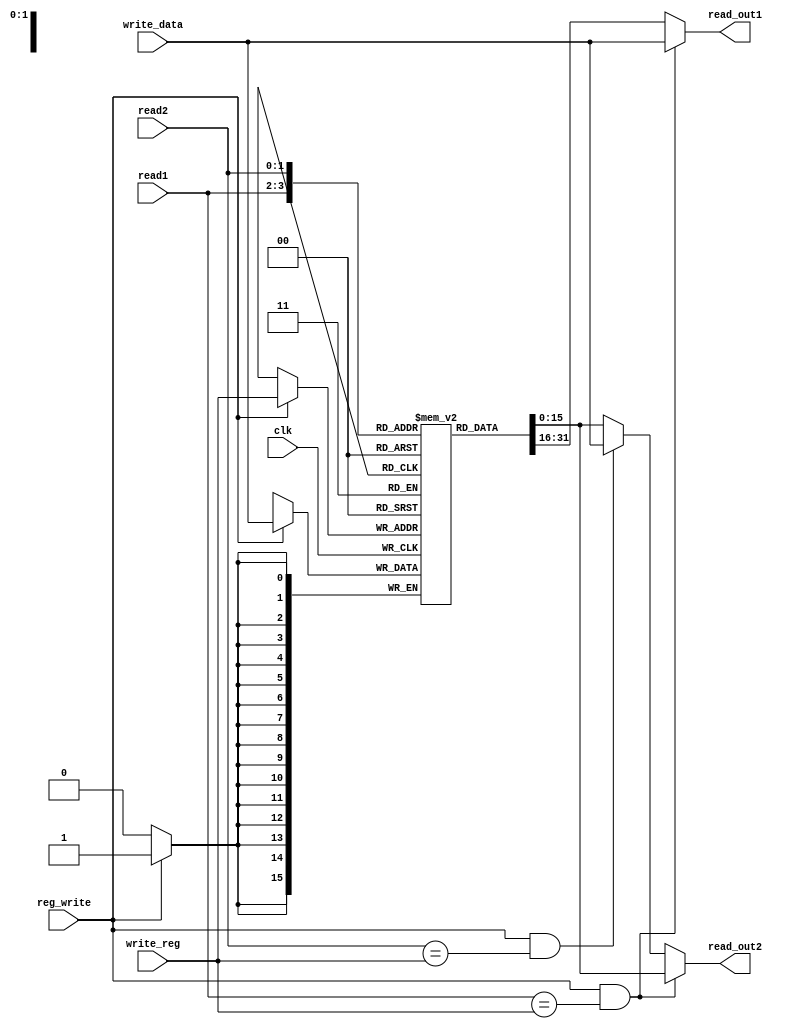
module register_file(read1, read2, write_reg, write_data, reg_write, read_out1, read_out2, clk); 
    output reg [15:0] read_out1;
    output reg [15:0] read_out2;
    input [1:0] read1;
    input [1:0] read2;
    input [1:0] write_reg;
    input [15:0] write_data;
    input clk;
    input reg_write;

    reg [15:0] registers [3:0];

    //Init
    initial begin
        registers[0] <= 16'h0;
        registers[1] <= 16'h0;
        registers[2] <= 16'h0;
        registers[3] <= 16'h0;
    end

    always @(*) begin
        read_out1 = registers[read1];
        read_out2 = registers[read2];
        //forward dist 3
        if(reg_write && (read1) == write_reg)
            read_out1 = write_data;
        else if(reg_write && (read2) == write_reg)
            read_out2 = write_data;
    end

    //Write
    always @(posedge clk) begin

    	if(reg_write) begin
    		registers[write_reg] <= write_data;
    	end
    end
endmodule